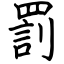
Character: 罰